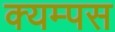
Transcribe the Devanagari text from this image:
क्यम्पस